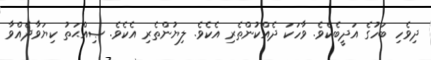
ދިވެހި ބަހުގެ އަދީބެކެވެ. ވާހަކަ ދެއްކުންތެރި އެކެވެ. ލިޔުންތެރި އެކެވެ. ޞިއްޙަތު ކިޔަވާދެއްވާ